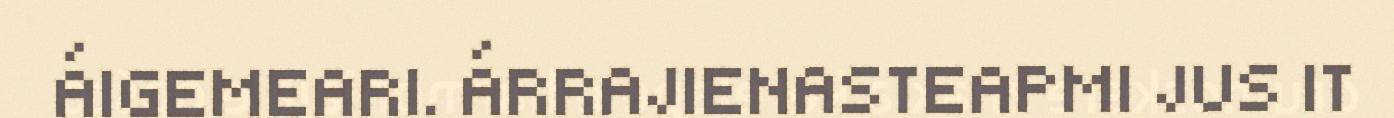
ÁIGEMEARI. ÁRRAJIENASTEAPMI JUS IT